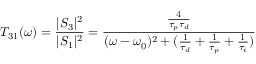
T _ { 3 1 } ( \omega ) = \frac { | S _ { 3 } | ^ { 2 } } { | S _ { 1 } | ^ { 2 } } = \frac { \frac { 4 } { \tau _ { p } \tau _ { d } } } { ( \omega - \omega _ { 0 } ) ^ { 2 } + ( \frac { 1 } { \tau _ { d } } + \frac { 1 } { \tau _ { p } } + \frac { 1 } { \tau _ { i } } ) }